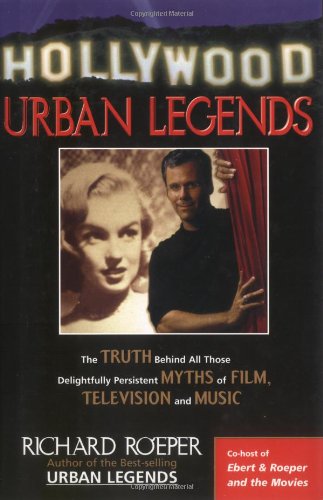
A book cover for Hollywood Urban Legends: The Truth Behind All Those Delightfully Persistent Myths of Film Television, and Music; Richard Roeper; Humor & Entertainment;